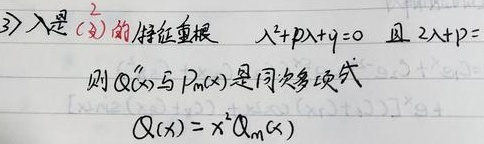
3) \(\lambda\) 是 (2) 的特征重根，\(\lambda^{2}+p\lambda + q = 0\) 且 \(2\lambda + p = 0\)。
则 \(Q(x)\) 与 \(P_{m}(x)\) 是同次多项式，\(Q(x)=x^{2}Q_{m}(x)\)。